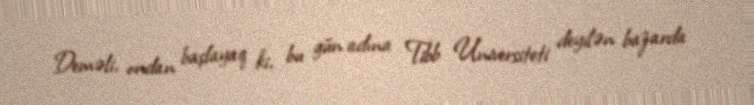
Deməli, ondan başlayaq ki, bu gün adına Tibb Universiteti deyilən bazarda